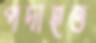
পদাহত